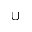
\cup